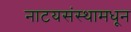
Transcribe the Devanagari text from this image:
नाटयसंस्थामधून